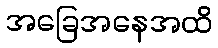
အခြေအနေအထိ